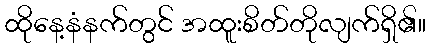
ထိုနေ့နံနက်တွင် အထူးစိတ်တိုလျက်ရှိ၏။